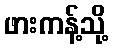
ဖားကန့်သို့